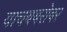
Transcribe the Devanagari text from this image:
याचबबरोबर